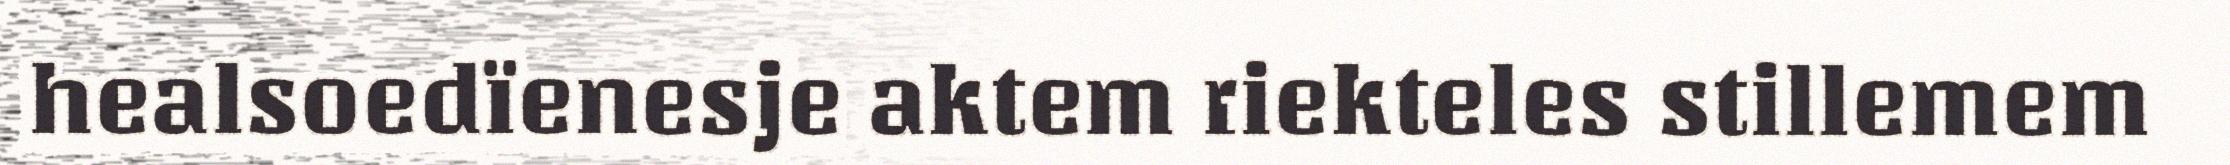
healsoedïenesje aktem riekteles stillemem